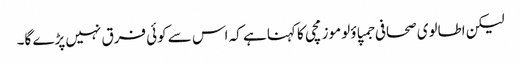
لیکن اطالوی صحافی جمپاؤلو موزمچی کا کہنا ہے کہ اس سے کوئی فرق نہیں پڑے گا۔